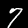
Label: 7